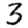
Digit: 3